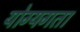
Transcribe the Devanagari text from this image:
योग्यगता